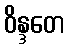
ဝိန္ဒတေ